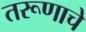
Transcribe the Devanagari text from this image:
तरूणाचे